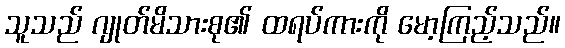
သူသည် ဂျုတ်မိသားစု၏ ထရပ်ကားကို မော့ကြည့်သည်။